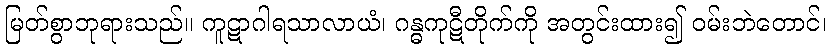
မြတ်စွာဘုရားသည်။ ကူဋာဂါရသာလာယံ၊ ဂန္ဓကုဋီတိုက်ကို အတွင်းထား၍ ဝမ်းဘဲတောင်၊